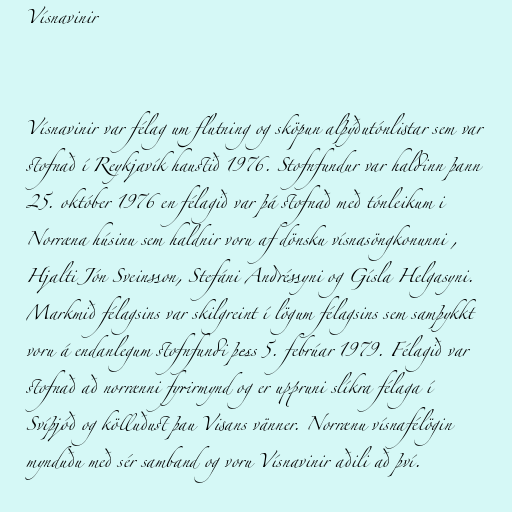
Vísnavinir

Vísnavinir var félag um flutning og sköpun alþýðutónlistar sem var
stofnað í Reykjavík haustið 1976. Stofnfundur var haldinn þann
25. október 1976 en félagið var þá stofnað með tónleikum i
Norræna húsinu sem haldnir voru af dönsku vísnasöngkonunni ,
Hjalti Jón Sveinsson, Stefáni Andréssyni og Gísla Helgasyni.
Markmið félagsins var skilgreint í lögum félagsins sem samþykkt
voru á endanlegum stofnfundi þess 5. febrúar 1979. Félagið var
stofnað að norrænni fyrirmynd og er uppruni slíkra félaga í
Svíþjóð og kölluðust þau Visans vänner. Norrænu vísnafélögin
mynduðu með sér samband og voru Vísnavinir aðili að því.